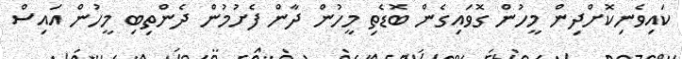
ކައިވެނިކޮށްދިން މީހުން ގޮވައިގެން ބޮޑެތި މީހުން ދާން ފެށުމުން ދެންތިބި މީހުން އައިސް